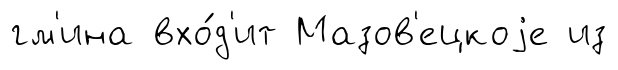
гм'ина вхо́д'ит Мазов'ецкоjе из